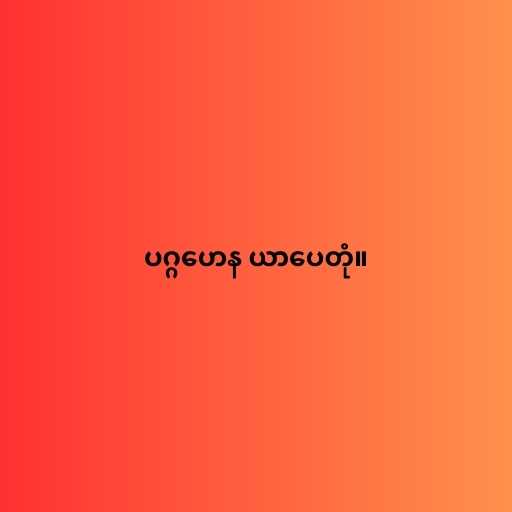
ပဂ္ဂဟေန ယာပေတုံ။